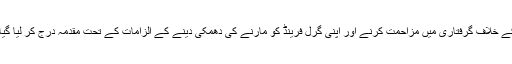
اس کے خلاف گرفتاری میں مزاحمت کرنے اور اپنی گرل فرینڈ کو مارنے کی دھمکی دینے کے الزامات کے تحت مقدمہ درج کر لیا گیا ہے۔